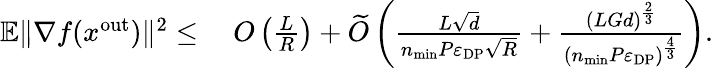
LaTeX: \begin{array}{rl}{\mathbb{E}\| \nabla f(x^{\mathrm{out}})\| ^{2}\leq}&{\ O\left(\frac{L}{R}\right)+\widetilde O\left(\frac{L\sqrt{d}}{n_{\mathrm{min}}P\varepsilon_{\mathrm{DP}}\sqrt{R}}+\frac{(LGd)^{\frac{2}{3}}}{(n_{\mathrm{min}}P\varepsilon_{\mathrm{DP}})^{\frac{4}{3}}}\right).}\end{array}